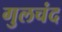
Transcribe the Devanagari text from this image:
गुलचंद